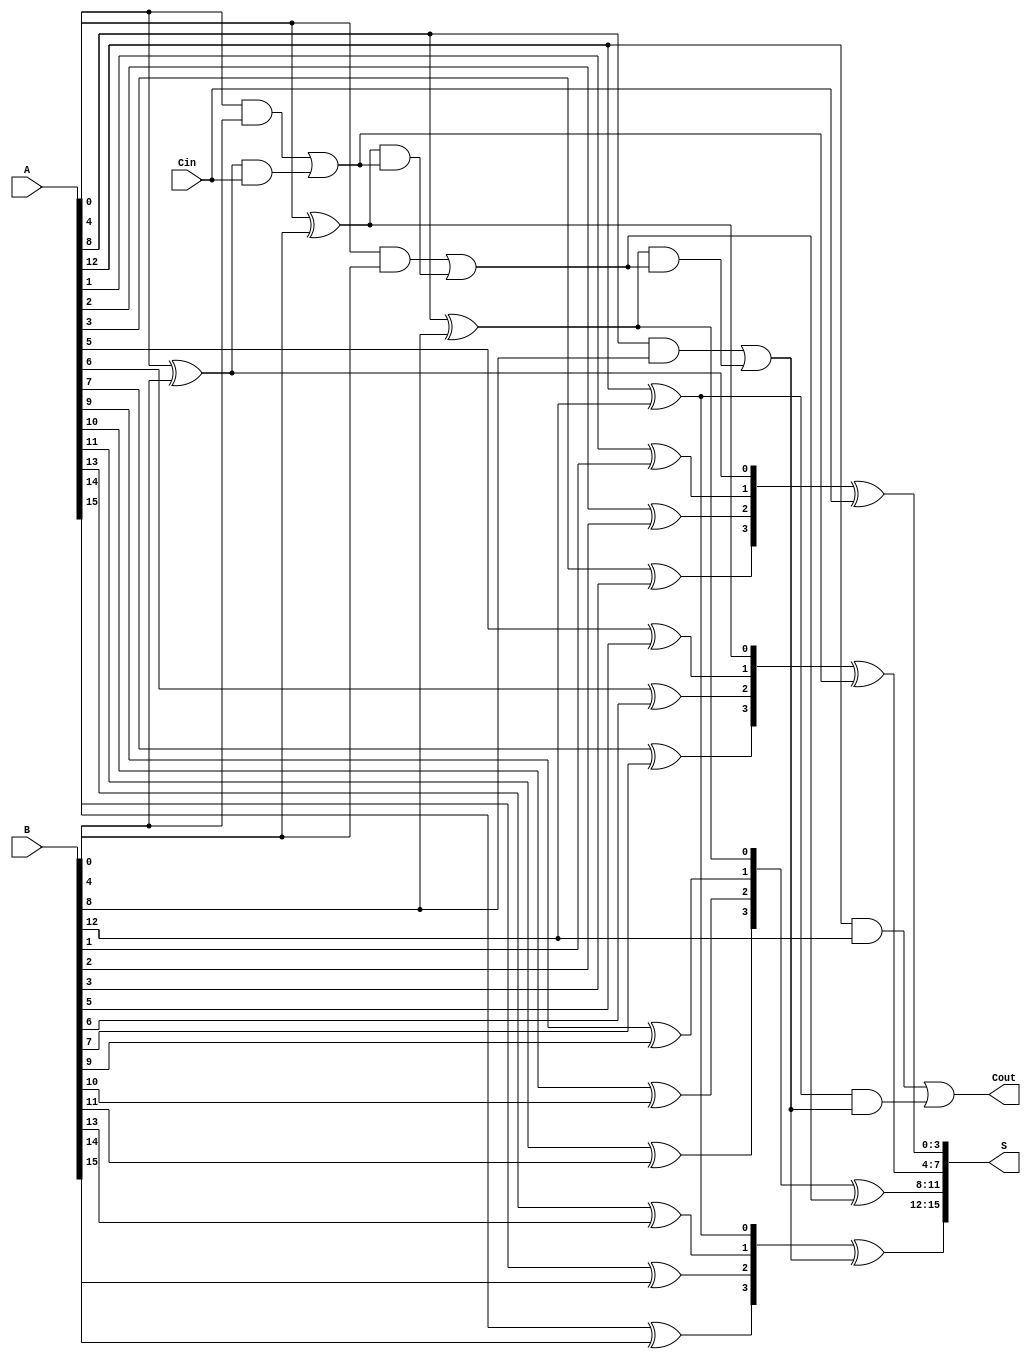
module Han_Carlson_Adder #(parameter N = 16) (
    input  [N-1:0] A,
    input  [N-1:0] B,
    input          Cin,
    output [N-1:0] S,
    output         Cout
);

localparam GROUP_SIZE = 4; // Size of each group
localparam NUM_GROUPS = N / GROUP_SIZE;

wire [GROUP_SIZE-1:0] G[NUM_GROUPS-1:0]; // Generate signals
wire [GROUP_SIZE-1:0] P[NUM_GROUPS-1:0]; // Propagate signals
wire [NUM_GROUPS:0] C; // Carry signals (C[0] = Cin)

// Generate and propagate calculations
genvar i, j;
generate
    for (i = 0; i < NUM_GROUPS; i = i + 1) begin : group
        for (j = 0; j < GROUP_SIZE; j = j + 1) begin : bit
            if (j < GROUP_SIZE) begin
                assign G[i][j] = A[i*GROUP_SIZE + j] & B[i*GROUP_SIZE + j]; // Generate
                assign P[i][j] = A[i*GROUP_SIZE + j] ^ B[i*GROUP_SIZE + j]; // Propagate
            end
        end
    end
endgenerate

// Carry generation
generate
    for (i = 0; i < NUM_GROUPS; i = i + 1) begin : carry
        if (i == 0) begin
            assign C[i+1] = G[i] | (P[i] & C[i]); // First group uses Cin
        end else begin
            assign C[i+1] = G[i] | (P[i] & C[i]); // Subsequent groups
        end
    end
endgenerate

// Sum calculation
generate
    for (i = 0; i < NUM_GROUPS; i = i + 1) begin : sum
        assign S[i*GROUP_SIZE +: GROUP_SIZE] = P[i] ^ C[i]; // Sum
    end
endgenerate

// Final carry-out
assign Cout = C[NUM_GROUPS];

// Assign carry-in to the first group
assign C[0] = Cin;

endmodule